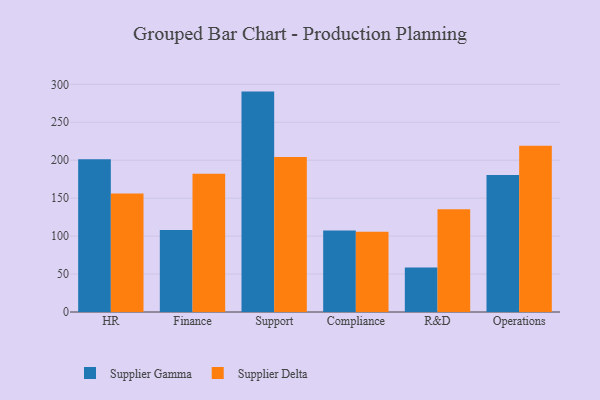
{"axis": {"x": "Department", "y": "LTV (USD)"}, "legend": ["Supplier Delta", "Supplier Gamma"], "data": [{"x": "HR", "y": 201.2, "type": "Supplier Gamma"}, {"x": "HR", "y": 156.1, "type": "Supplier Delta"}, {"x": "Finance", "y": 108.2, "type": "Supplier Gamma"}, {"x": "Finance", "y": 182.1, "type": "Supplier Delta"}, {"x": "Support", "y": 290.4, "type": "Supplier Gamma"}, {"x": "Support", "y": 204.1, "type": "Supplier Delta"}, {"x": "Compliance", "y": 107.3, "type": "Supplier Gamma"}, {"x": "Compliance", "y": 105.8, "type": "Supplier Delta"}, {"x": "R&D", "y": 58.7, "type": "Supplier Gamma"}, {"x": "R&D", "y": 135.4, "type": "Supplier Delta"}, {"x": "Operations", "y": 180.6, "type": "Supplier Gamma"}, {"x": "Operations", "y": 219.1, "type": "Supplier Delta"}]}